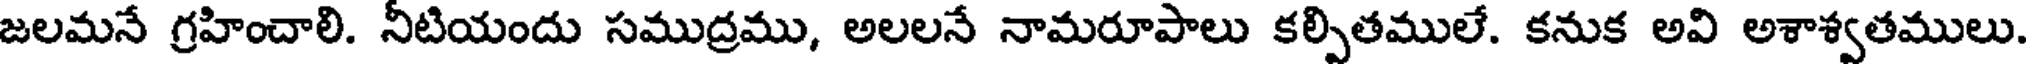
జలమనే గ్రహించాలి. నీటియందు సముద్రము, అలలనే నామరూపాలు కల్పితములే. కనుక అవి అశాశ్వతములు.